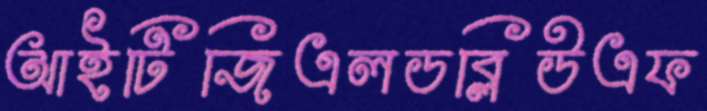
আইটিজিএলডব্লিউএফ